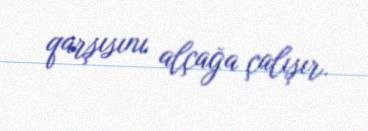
qarşısını alçağa çalışır.